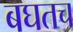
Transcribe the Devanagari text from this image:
बघतच